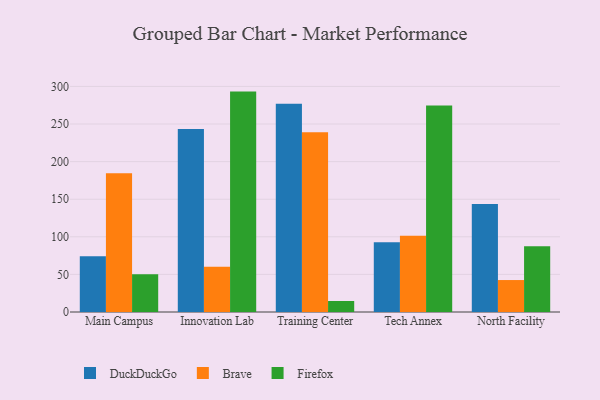
{"axis": {"x": "Campus", "y": "Conversion Rate (%)"}, "legend": ["Brave", "DuckDuckGo", "Firefox"], "data": [{"x": "Main Campus", "y": 74.0, "type": "DuckDuckGo"}, {"x": "Main Campus", "y": 184.6, "type": "Brave"}, {"x": "Main Campus", "y": 50.1, "type": "Firefox"}, {"x": "Innovation Lab", "y": 243.4, "type": "DuckDuckGo"}, {"x": "Innovation Lab", "y": 60.2, "type": "Brave"}, {"x": "Innovation Lab", "y": 293.1, "type": "Firefox"}, {"x": "Training Center", "y": 276.9, "type": "DuckDuckGo"}, {"x": "Training Center", "y": 239.1, "type": "Brave"}, {"x": "Training Center", "y": 14.6, "type": "Firefox"}, {"x": "Tech Annex", "y": 92.8, "type": "DuckDuckGo"}, {"x": "Tech Annex", "y": 101.3, "type": "Brave"}, {"x": "Tech Annex", "y": 274.6, "type": "Firefox"}, {"x": "North Facility", "y": 143.5, "type": "DuckDuckGo"}, {"x": "North Facility", "y": 42.5, "type": "Brave"}, {"x": "North Facility", "y": 87.5, "type": "Firefox"}]}